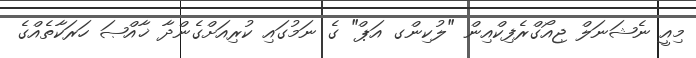
މިއީ ނެޝަނަލް ޖިއޯގްރެފިކްއިން "ލުކިންގ އަޕް" ގެ ނަމުގައި ކުރިއަށްގެންދާ ޚާއްޞަ ހަރަކާތެއްގެ